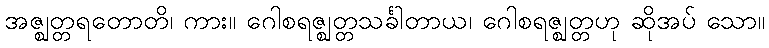
အဇ္ဈတ္တရတောတိ၊ ကား။ ဂေါစရဇ္ဈတ္တသင်္ခါတာယ၊ ဂေါစရဇ္ဈတ္တဟု ဆိုအပ် သော။